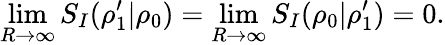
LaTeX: \operatorname*{lim}_{R\rightarrow\infty}S_{I}(\rho_{1}^{\prime}|\rho_{0})=\operatorname*{lim}_{R\rightarrow\infty}S_{I}(\rho_{0}|\rho_{1}^{\prime})=0.